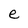
Character: e